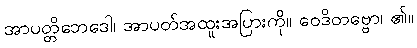
အာပတ္တိဘေဒေါ၊ အာပတ်အထူးအပြားကို။ ဝေဒိတဗ္ဗော၊ ၏။